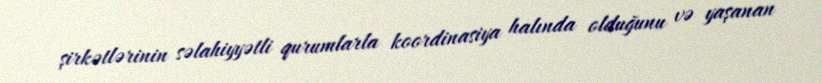
şirkətlərinin səlahiyyətli qurumlarla koordinasiya halında olduğunu və yaşanan